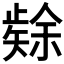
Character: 𮀉